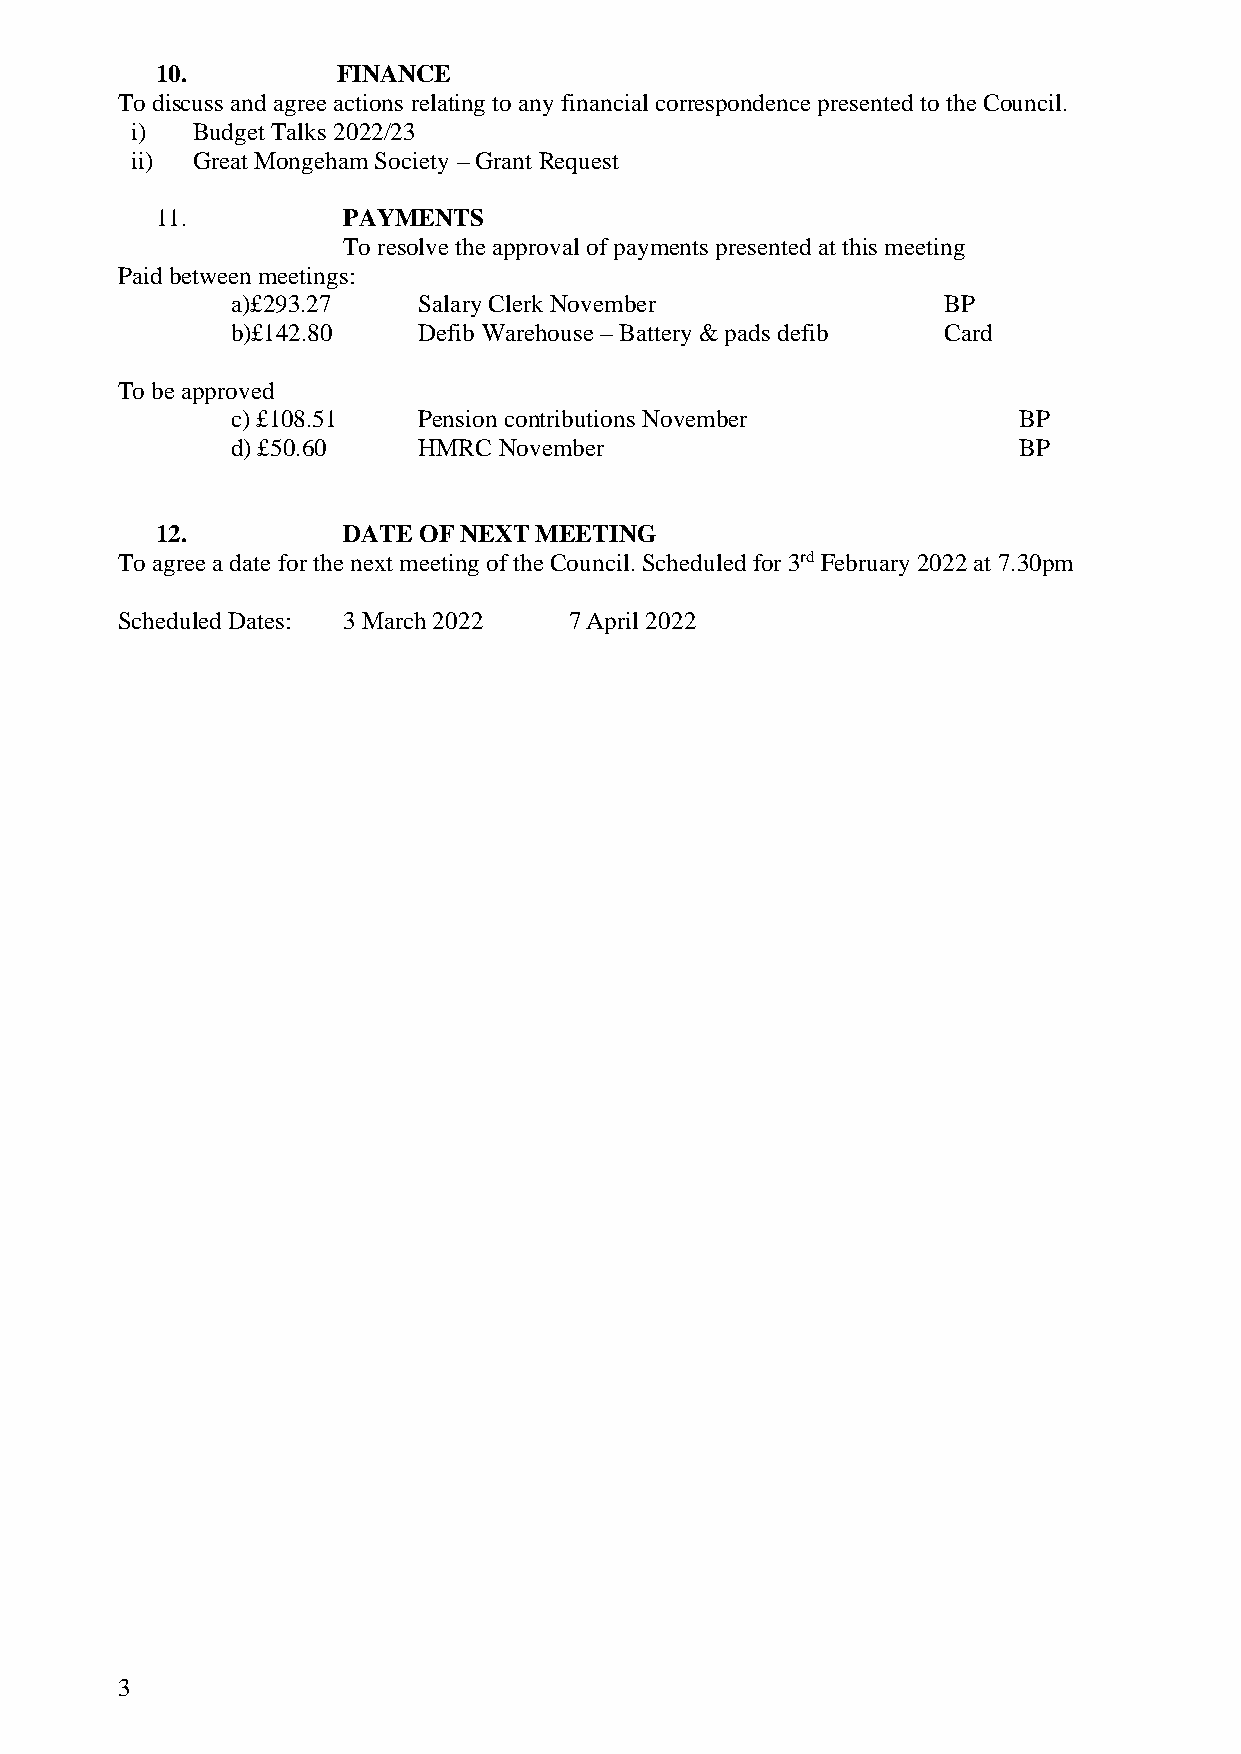
10.         FINANCE
 To discuss and agree actions relating to any financial correspondence presented to the Council.
 i)  Budget Talks 2022/23
 ii) Great Mongeham Society – Grant Request
 11.          PAYMENTS
 To resolve the approval of payments presented at this meeting
 Paid between meetings:
 a)£293.27    Salary Clerk November             BP
 b)£142.80    Defib Warehouse – Battery & pads defib Card
 To be approved
 c) £108.51   Pension contributions November         BP
 d) £50.60    HMRC November                          BP
 12.          DATE OF NEXT MEETING
 To agree a date for the next meeting of the Council. Scheduled for 3rd February 2022 at 7.30pm
 Scheduled Dates: 3 March 2022 7 April 2022
 3